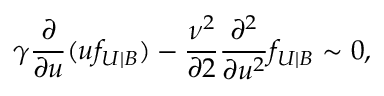
\gamma \frac { \partial } { \partial u } ( u f _ { U | B } ) - \frac { \nu ^ { 2 } } { \partial 2 } \frac { \partial ^ { 2 } } { \partial u ^ { 2 } } f _ { U | B } \sim 0 ,